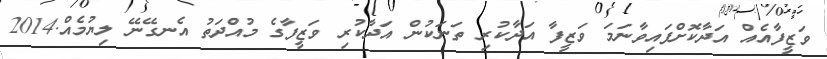
ވަޒީފާއެއް އަދާކޮށްފައިވާނަމަ ވަޒީފާ އަދާކުރި ތަނަކުން އަދާކުރި ވަޒީފާގެ މުއްދަތު އެނގޭނޭ ލިޔުމެއް.2014